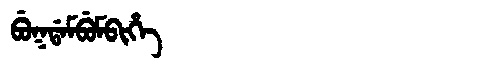
Manchu: ᠪᡠᡴᡩᠠᠮᠪᡠᠮᠪᡳᡥᡝ
Romanization: BUKDAMBUMBIHE